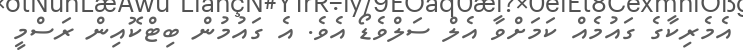
އެމެރިކާގެ ގައުމެއް ކަމަށްވާ އެލް ސަލްވެޑޯ އެވެ. އެ ގައުމުން ބިޓްކޮއިން ރަސްމީ